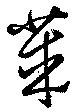
莱